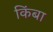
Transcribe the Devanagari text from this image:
किंबा